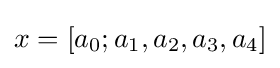
x=[a_{0};a_{1},a_{2},a_{3},a_{4}]